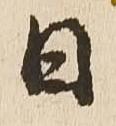
日